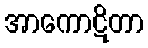
အာကောဋိတာ